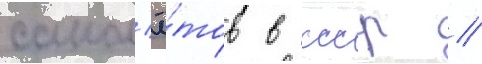
самол'ё́тов в ссср //